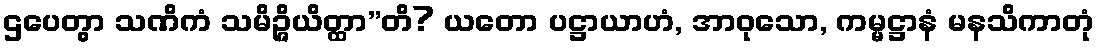
ဌပေတွာ သဏိကံ သမိဉ္ဇိယိတ္ထာ”တိ? ယတော ပဋ္ဌာယာဟံ, အာဝုသော, ကမ္မဋ္ဌာနံ မနသိကာတုံ